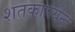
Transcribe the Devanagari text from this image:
शतकापर्यन्त